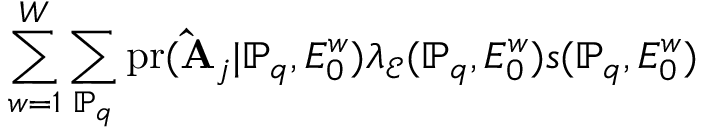
\sum _ { w = 1 } ^ { W } \sum _ { \mathbb { P } _ { q } } \mathrm { p r } ( \mathbf { \hat { A } } _ { j } | \mathbb { P } _ { q } , E _ { 0 } ^ { w } ) \lambda _ { \mathcal { E } } ( \mathbb { P } _ { q } , E _ { 0 } ^ { w } ) s ( \mathbb { P } _ { q } , E _ { 0 } ^ { w } )